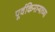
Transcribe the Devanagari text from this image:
पूर्वकिनाऱ्याच्या